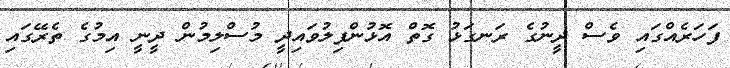
ފަހަރެއްގައި ވެސް ދީނުގެ ރަނގަޅު ގޮތް އޮޅުންފިލުވައިދީ މުސްލިމުން ދީނީ އިމުގެ ތެރޭގައި